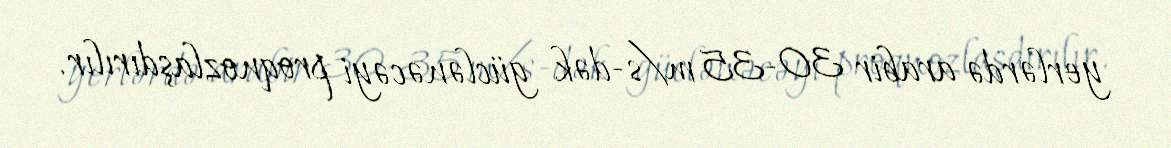
yerlərdə arabir 30-35 m/s-dək güclənəcəyi proqnozlaşdırılır.